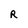
Character: R